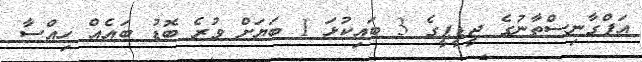
އަފްގާނިސްތާނުގެ ޖީޑީޕީގެ 3 ބައިކުޅަ 1 ބަޔަށް ވުރެ ބޮޑު ބައެއް ހިއްސާ